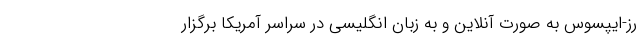
رز-ایپسوس به صورت آنلاین و به زبان انگلیسی در سراسر آمریکا برگزار